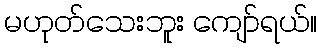
မဟုတ်သေးဘူး ကျော်ရယ်။